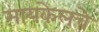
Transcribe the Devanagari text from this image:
मायकेलचे